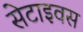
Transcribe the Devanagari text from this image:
सेटाइवस